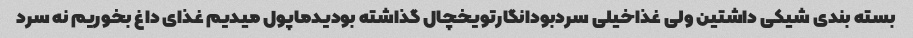
بسته بندی شیکی داشتین ولی غذاخیلی سردبودانگارتویخچال گذاشته بودیدماپول میدیم غذای داغ بخوریم نه سرد